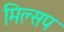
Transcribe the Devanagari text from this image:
मिल्सप